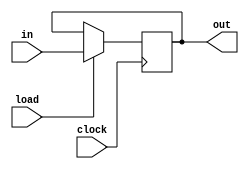
module Register(clock,in,load,out);
    input clock;
    input [15:0] in;
    input load;
    output [15:0] out;

    reg [15:0] out;

    always @(posedge clock) begin
            if(load == 1'b1) begin
                    out <= in;
            end else begin
                    out <= out;
            end     
    end
endmodule